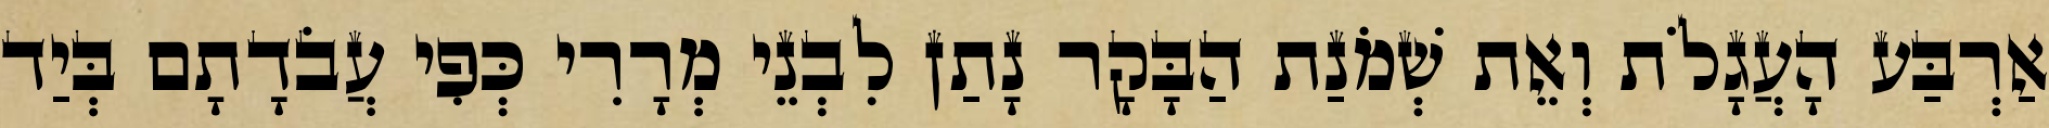
אַרְבַּע הָעֲגָלֹת וְאֵת שְׁמֹנַת הַבָּקָר נָתַן לִבְנֵי מְרָרִי כְּפִי עֲבֹדָתָם בְּיַד